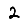
Digit: 2